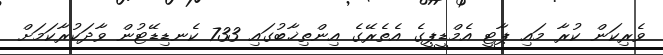
ވެރިކަން ކުރާ މައި ޕާޓީ އެމްޑީޕީގެ އެތެރޭގެ އިންތިޚާބުގައި 733 ކެނޑިޑޭޓުން ވާދަކުރާކަމަށް